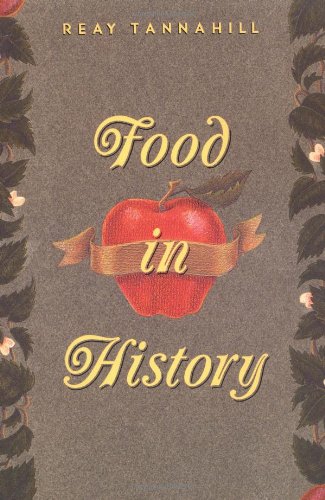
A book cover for Food in History; Reay Tannahill; Cookbooks, Food & Wine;